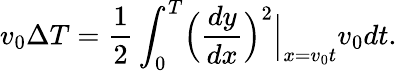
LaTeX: v_{0}\Delta T=\frac{1}{2}\int_{0}^{T}\Bigl(\frac{dy}{dx}\Bigr)^{2}\Bigl|_{x=v_{0}t}v_{0}dt.